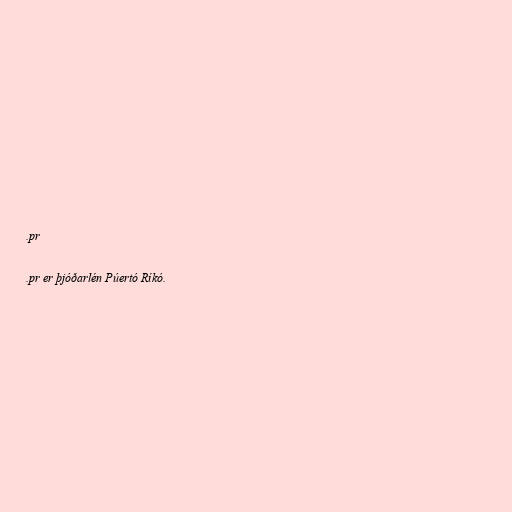
.pr

.pr er þjóðarlén Púertó Ríkó.